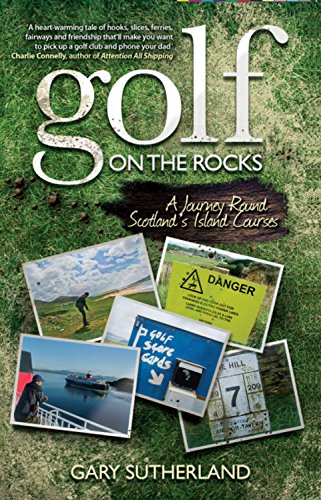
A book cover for Golf on the Rocks: A Journey Round Scotland's Island Courses; Gary Sutherland; Biographies & Memoirs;